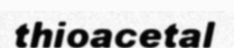
thioacetal